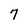
Character: 7